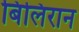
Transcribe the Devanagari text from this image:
बिलिरान